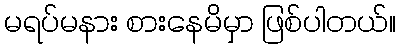
မရပ်မနား စားနေမိမှာ ဖြစ်ပါတယ်။